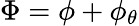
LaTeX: \Phi=\phi+\phi_{\theta}